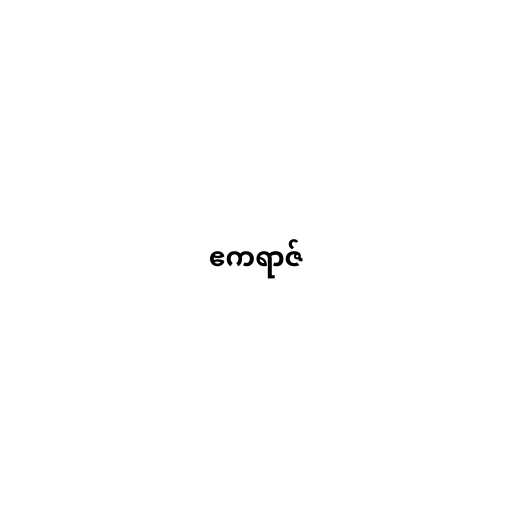
ဧကရာဇ်